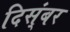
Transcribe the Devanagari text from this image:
दिस्ंबर